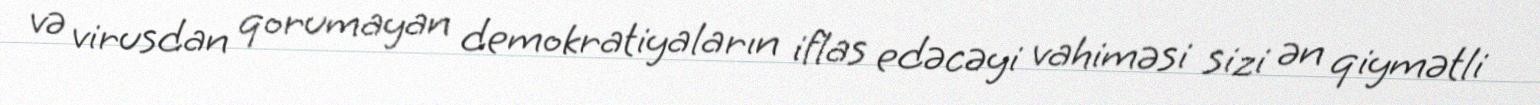
və virusdan qorumayan demokratiyaların iflas edəcəyi vahiməsi sizi ən qiymətli